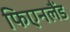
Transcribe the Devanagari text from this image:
फिएनलैंड